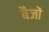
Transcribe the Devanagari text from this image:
बैजों